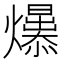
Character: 𤒁